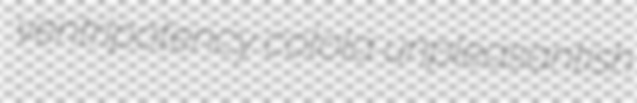
ventripotency colola unpleasantish